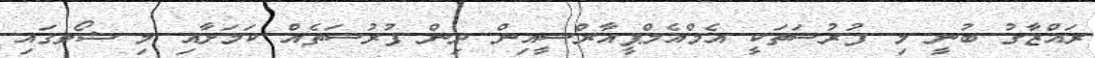
ރައްޒާގު ބުނީ މި ފުރުސަތަކީ އެމްއެމްޕީއާރްސީއިން ދިން ފުރުސަތެއް ކަމަށާއި މި ޝޯވގައި